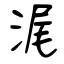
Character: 浘